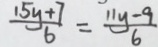
\frac { 1 5 y + 7 } { 6 } = \frac { 1 1 y - 9 } { 6 }